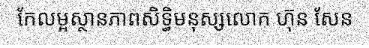
កែលម្អស្ថានភាពសិទ្ធិមនុស្សលោក ហ៊ុន សែន